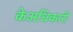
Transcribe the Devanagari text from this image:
केअधिकारी